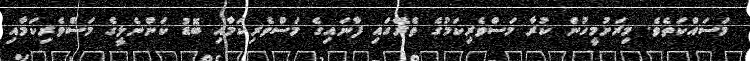
މަސައްކަތެވެ. މިރަށުމީހުން ކުރާ މަސްވެރިކަމުގެ ތެރޭގައި ފާނައިގެ މަސްވެރިކަމާއި ބޮޑު ކަންނެލީގެ މަސްވެރިކަމާއި